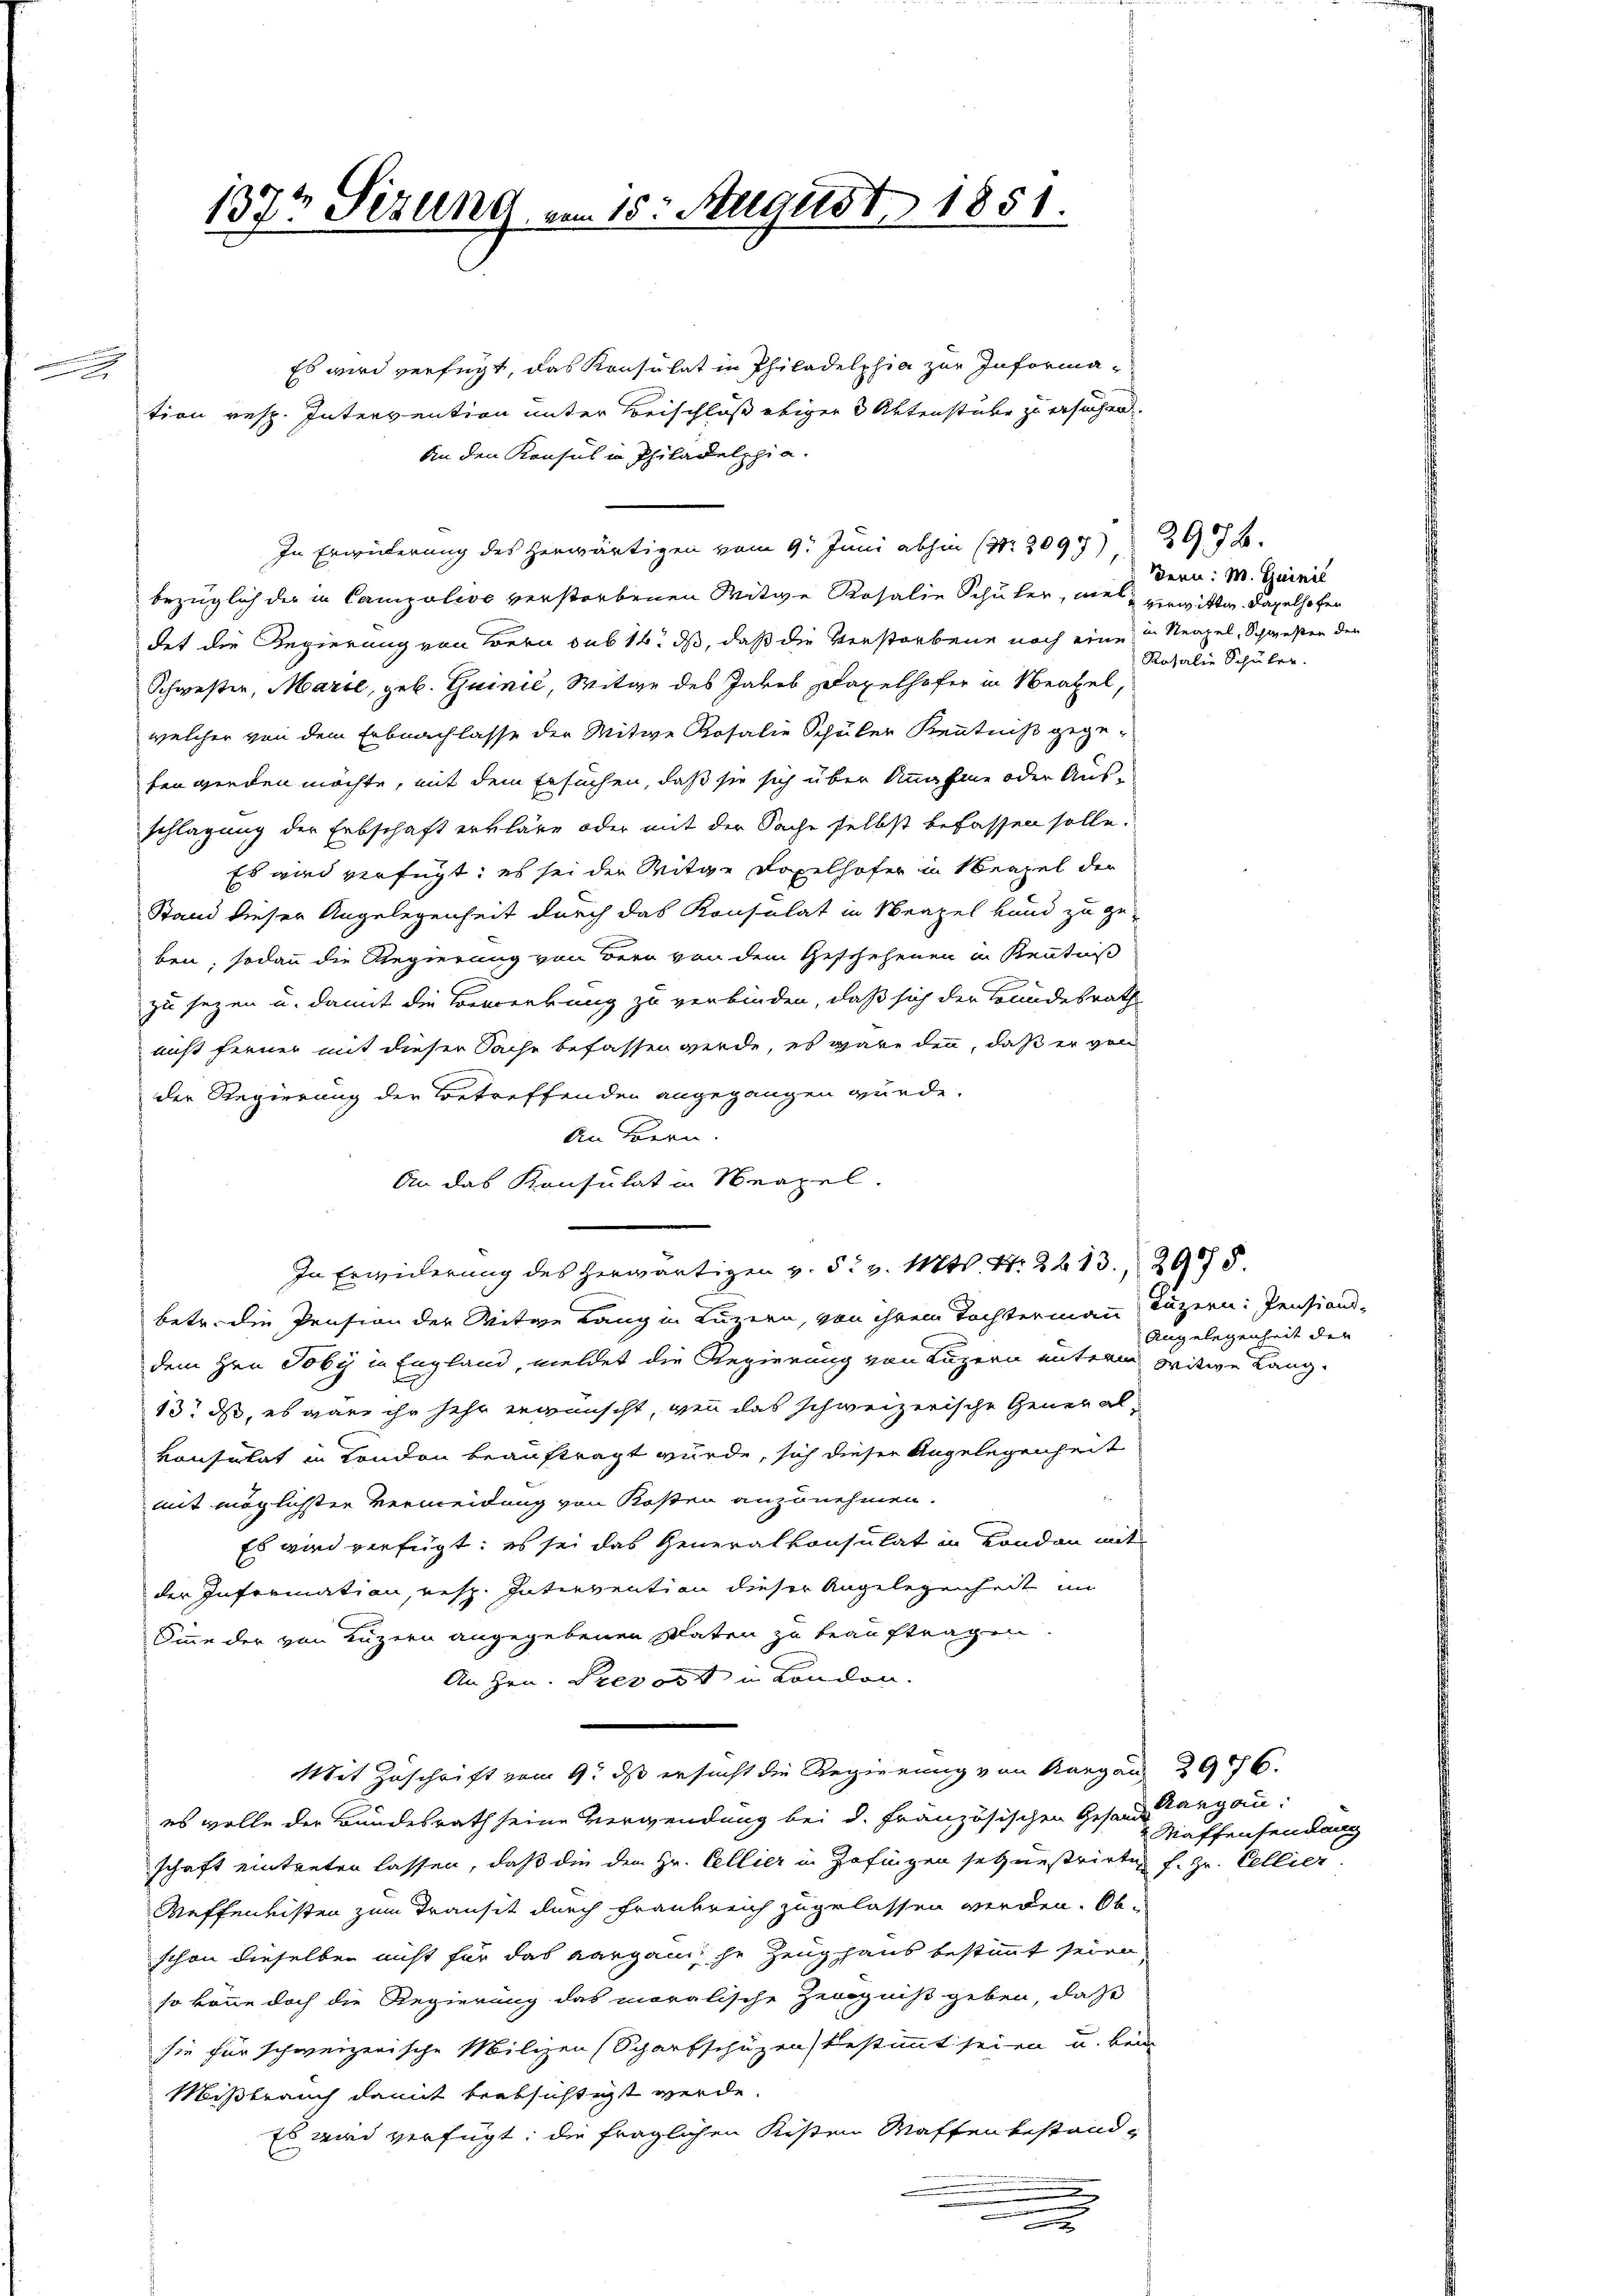
137t Sizung vom 15. August 1851.

Es wird verfügt, das Konsulat in Philadelphia zur Information resp. Intervention unter Beischluß obiger 3 Aktenstube zu ersuchend.
An den Konsul in Philadelphia.
In Erwiderung des herwärtigen vom 9. Juni abhin (212097 292.
bezüglich der in Canzolivo verstorbenen Mitwe Rosalie Schuler, ne verwittw. Kapelhofen
det die Regierung von Bern sub 16. ds, daß die Verstorbene noch eine in Neapel, Schwesten den
Schwester, Marie, geb. Guinić, Witwe des Jakob Saxelhofer in Neapel,
welcher von dem Erbnachlasse der Mitwe Rosalie Schüler Kenntniß gegefen werden möchte, mit dem Ersuchen, daß sie sich über Annahme oder Aus-
schlagung der Erbschaft erkläre oder mit der Sache selbst befassen solle.
Es wird verfügt: es sei der Mitge Copelhofer in Neapel der
Stand dieser Angelegenheit durch das Konsulat in Neapel Hand zu geben, sodann die Regierung von Bern von dem Geschehenen in Kenntniß
zu sezen u. damit die Bemerkung zu verbinden, daß sich der Bundesrath
nicht ferner mit dieser Sache befassen werde, es gare denn, daß er von
der Regierung der Betreffenden angegangen würde.
An Bern.
An das Konsulat in Neapel.
In Erwiderung des herwärtigen v. 5. v. Mts. S. 2213, 2975.
betr. die Pension der Witwe Lang in Luzern, von ihrem Tochtermann
dem Hrn. Toby in England, meldet die Regierung von Luzern unterm
13. ds, es wäre ihr sehr erwünscht, wenn das schweizerische Generalkonsulat in London beauftragt wurde, sich dieser Angelegenheit
mit möglichster Vermeidung von Kosten anzunehmen.
Es wird verfügt: es sei das Generalkonsulat in London mit
der Information, resp. Intervention dieser Angelegenheit im
Sinne der von Luzern angegebenen Raten zu beauftragen.
An Hrn. Prevost in Landen.
Mit Zuschrift vom 9. ds ersucht die Regierung von Aargau 2976.
es wolle der Bundesrath seine Verwendung bei d. Französischen Gesandtangau:
schaft eintreten lassen, daß die den Hr. Cellier in Zofingen setzunstrirten f.Hr. Cellier
Maffenlisten zum Transit durch Frankreich zugelassen werden. Obschon dieselben nicht für das Aargau he Zeughaus bestimmt seien
so könne doch die Regierung das moralische Zeugniß geben, daß
sie für schweizerische Milizei (Scharfschüzen bestimmt seien u. kein
Mißbrauch damit beabsichtigt werde.
Es wird verfügt: die fraglichen Kisten Waffen bestandd

Bern: M. Guinil
Rosalie Schüler.

Luzern: Pensiand¬
Angelegenheit der
Witwe Lang.

Maffensendung